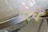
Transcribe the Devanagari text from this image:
दोघें